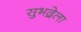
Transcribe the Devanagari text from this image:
सुभद्रेला